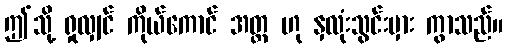
ဤသို့ ရှုလျှင် ကိုယ်ကောင် အတ္တ ဟု နှလုံးသွင်းမှား ကွာသည်။